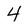
Character: 4